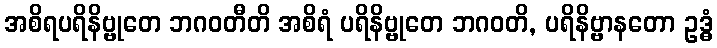
အစိရပရိနိဗ္ဗုတေ ဘဂဝတီတိ အစိရံ ပရိနိဗ္ဗုတေ ဘဂဝတိ, ပရိနိဗ္ဗာနတော ဥဒ္ဓံ